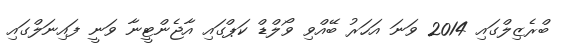
ބްރެޒިލްގައި 2014 ވަނަ އަހަރު ބޭއްވި ވޯލްޑް ކަޕްގައި އާޖެންޓީނާ ވަނީ ފައިނަލްގައި